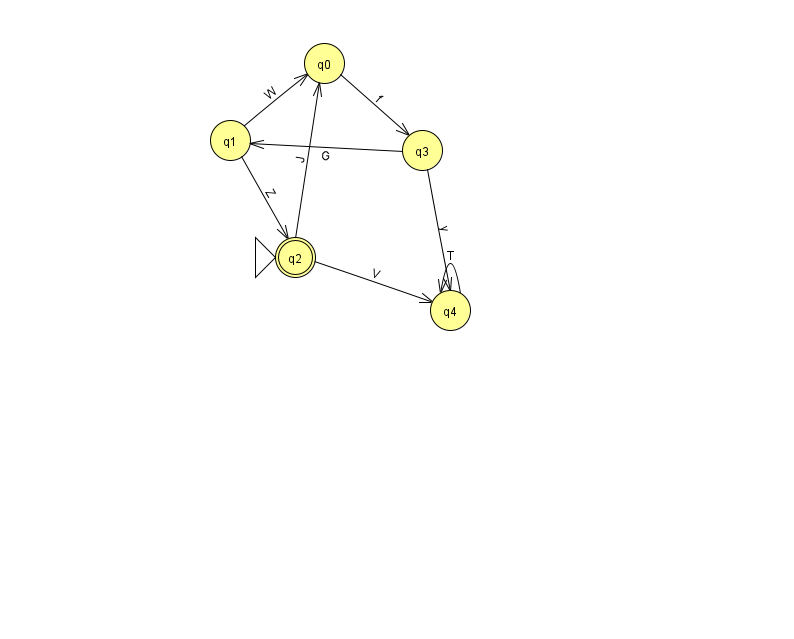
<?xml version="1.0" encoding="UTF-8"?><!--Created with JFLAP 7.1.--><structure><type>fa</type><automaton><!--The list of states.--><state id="0" name="q0"><x>324.0</x><y>50.0</y></state><state id="1" name="q1"><x>230.0</x><y>127.0</y></state><state id="2" name="q2"><x>295.0</x><y>244.0</y><initial/><final/></state><state id="3" name="q3"><x>422.0</x><y>137.0</y></state><state id="4" name="q4"><x>450.0</x><y>297.0</y></state><!--The list of transitions.--><transition><from>1</from><to>0</to><read>W</read></transition><transition><from>4</from><to>4</to><read>T</read></transition><transition><from>2</from><to>0</to><read>J</read></transition><transition><from>2</from><to>4</to><read>V</read></transition><transition><from>3</from><to>1</to><read>G</read></transition><transition><from>0</from><to>3</to><read>f</read></transition><transition><from>1</from><to>2</to><read>Z</read></transition><transition><from>3</from><to>4</to><read>y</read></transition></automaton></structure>